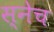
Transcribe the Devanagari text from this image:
स्नेच